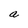
Character: a